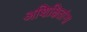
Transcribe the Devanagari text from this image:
अशिक्षितांना